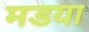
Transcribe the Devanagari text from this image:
मडया